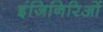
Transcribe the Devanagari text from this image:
इंजिनिरिओं